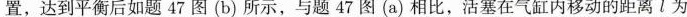
置，达到平衡后如题47图(b)所示，与题47图(a)相比，活塞在气缸内移动的距离l为